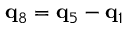
{ \bf q } _ { 8 } = { \bf q } _ { 5 } - { \bf q } _ { 1 }